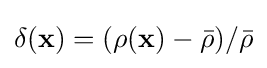
\delta (\mathbf {x} )=(\rho (\mathbf {x} )-{\bar {\rho }})/{\bar {\rho }}